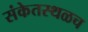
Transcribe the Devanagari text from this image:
संकेतस्थळच